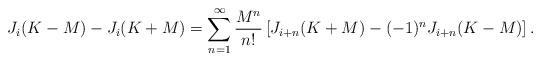
LaTeX: \begin{align*} J_i(K-M)-J_i(K+M)=\sum^\infty_{n=1}\frac{M^n}{n!}\left[ J_{i+n}(K+M)-(-1)^nJ_{i+n}(K-M)\right].\end{align*}